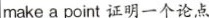
make a point 证明一个论点